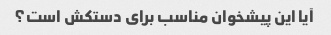
آیا این پیشخوان مناسب برای دستکش است؟